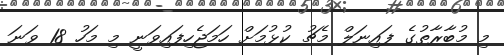
މި މުބާރާތުގެ ފައިނަލް މެޗު ކުޅުމަށް ހަމަޖެހިފައިވަނީ މި މަހު 18 ވަނަ